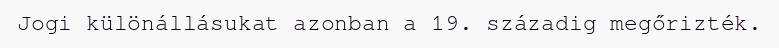
Jogi különállásukat azonban a 19. századig megőrizték.